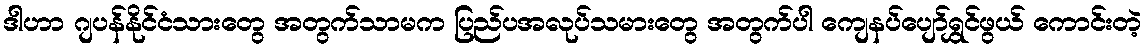
ဒါဟာ ဂျပန်နိုင်ငံသားတွေ အတွက်သာမက ပြည်ပအလုပ်သမားတွေ အတွက်ပါ ကျေနပ်ပျော်ရွှင်ဖွယ် ကောင်းတဲ့